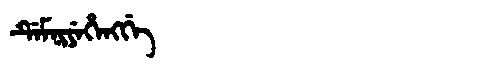
Manchu: ᡩᡝᠮᠨᡳᠶᡝᡥᡝᠩᡤᡝ
Romanization: DEMNIYEHENGGE